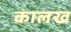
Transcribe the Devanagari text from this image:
कालख